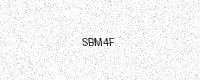
Text: SBM4F